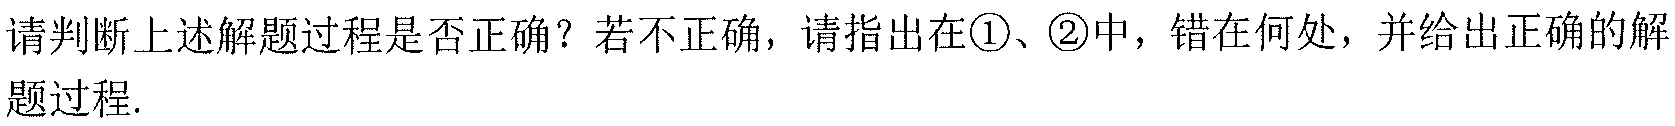
请判断上述解题过程是否正确？若不正确，请指出在\textcircled{1}、\textcircled{2}中，错在何处，并给出正确的解题过程.